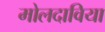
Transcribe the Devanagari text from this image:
मोलदाविया